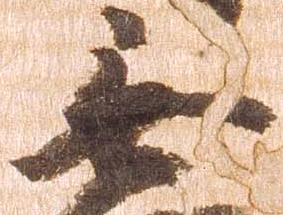
無